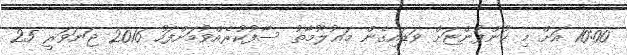
10:00 އަށް މި ކުންފުންޏަށް ވަޑައިގެން މަޢުލޫމާތު ސާފުކުރެއްވުމަށްފަހު 2016 ޖަނަވަރީ 25